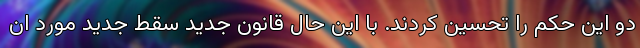
دو این حکم را تحسین کردند. با این حال قانون جدید سقط جدید مورد ان